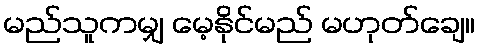
မည်သူကမျှ မေ့နိုင်မည် မဟုတ်ချေ။